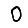
Digit: 0